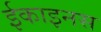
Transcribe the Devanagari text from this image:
ईकाइनस